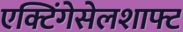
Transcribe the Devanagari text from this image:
एक्टिंगेसेलशाफ्ट